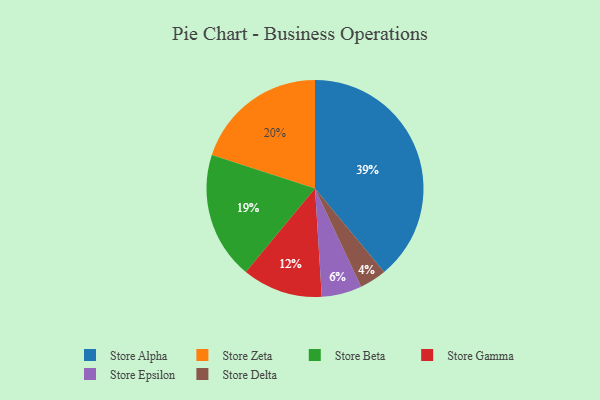
{"axis": {"x": "Category", "y": "Percentage"}, "legend": ["Store Alpha", "Store Beta", "Store Delta", "Store Epsilon", "Store Gamma", "Store Zeta"], "data": [{"x": "Store Delta", "y": 4, "type": "Store Delta"}, {"x": "Store Beta", "y": 19, "type": "Store Beta"}, {"x": "Store Epsilon", "y": 6, "type": "Store Epsilon"}, {"x": "Store Gamma", "y": 12, "type": "Store Gamma"}, {"x": "Store Zeta", "y": 20, "type": "Store Zeta"}, {"x": "Store Alpha", "y": 39, "type": "Store Alpha"}]}